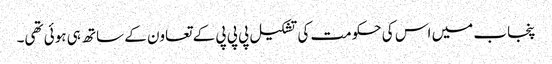
پنجاب میں اس کی حکومت کی تشکیل پی پی پی کے تعاون کے ساتھ ہی ہوئی تھی۔